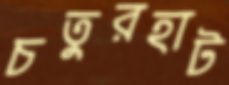
চতুরহাট